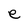
Character: e